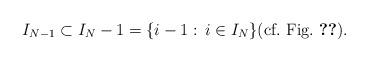
LaTeX: \begin{align*}I_{N-1} \subset I_N - 1 = \{i-1: \, i \in I_N\} \mbox{(cf.~Fig.~\ref{fig:power})}.\end{align*}